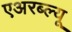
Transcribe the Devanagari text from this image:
एअरब्ल्यू